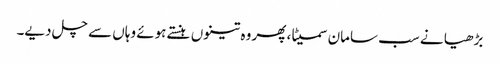
بڑھیا نے سب سامان سمیٹا، پھر وہ تینوں ہنستے ہوئے وہاں سے چل دیے۔